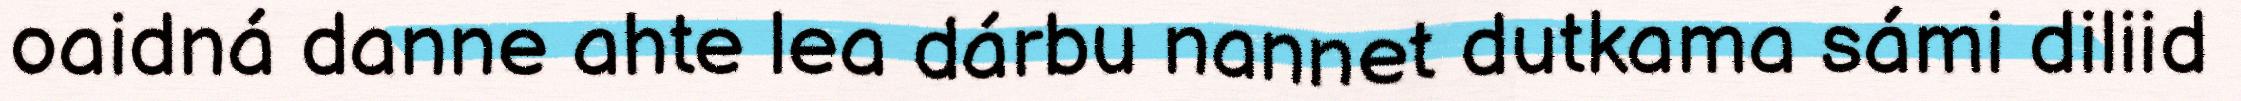
oaidná danne ahte lea dárbu nannet dutkama sámi diliid